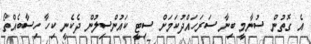
އެ ގޮތުން ސުނާމީ ބިނާ ސަރަހައްދުކަމަށް ސިޓީ ކައުންސިލުން ދެކެނީ ކިހާ ހިސާބެއްތޯ